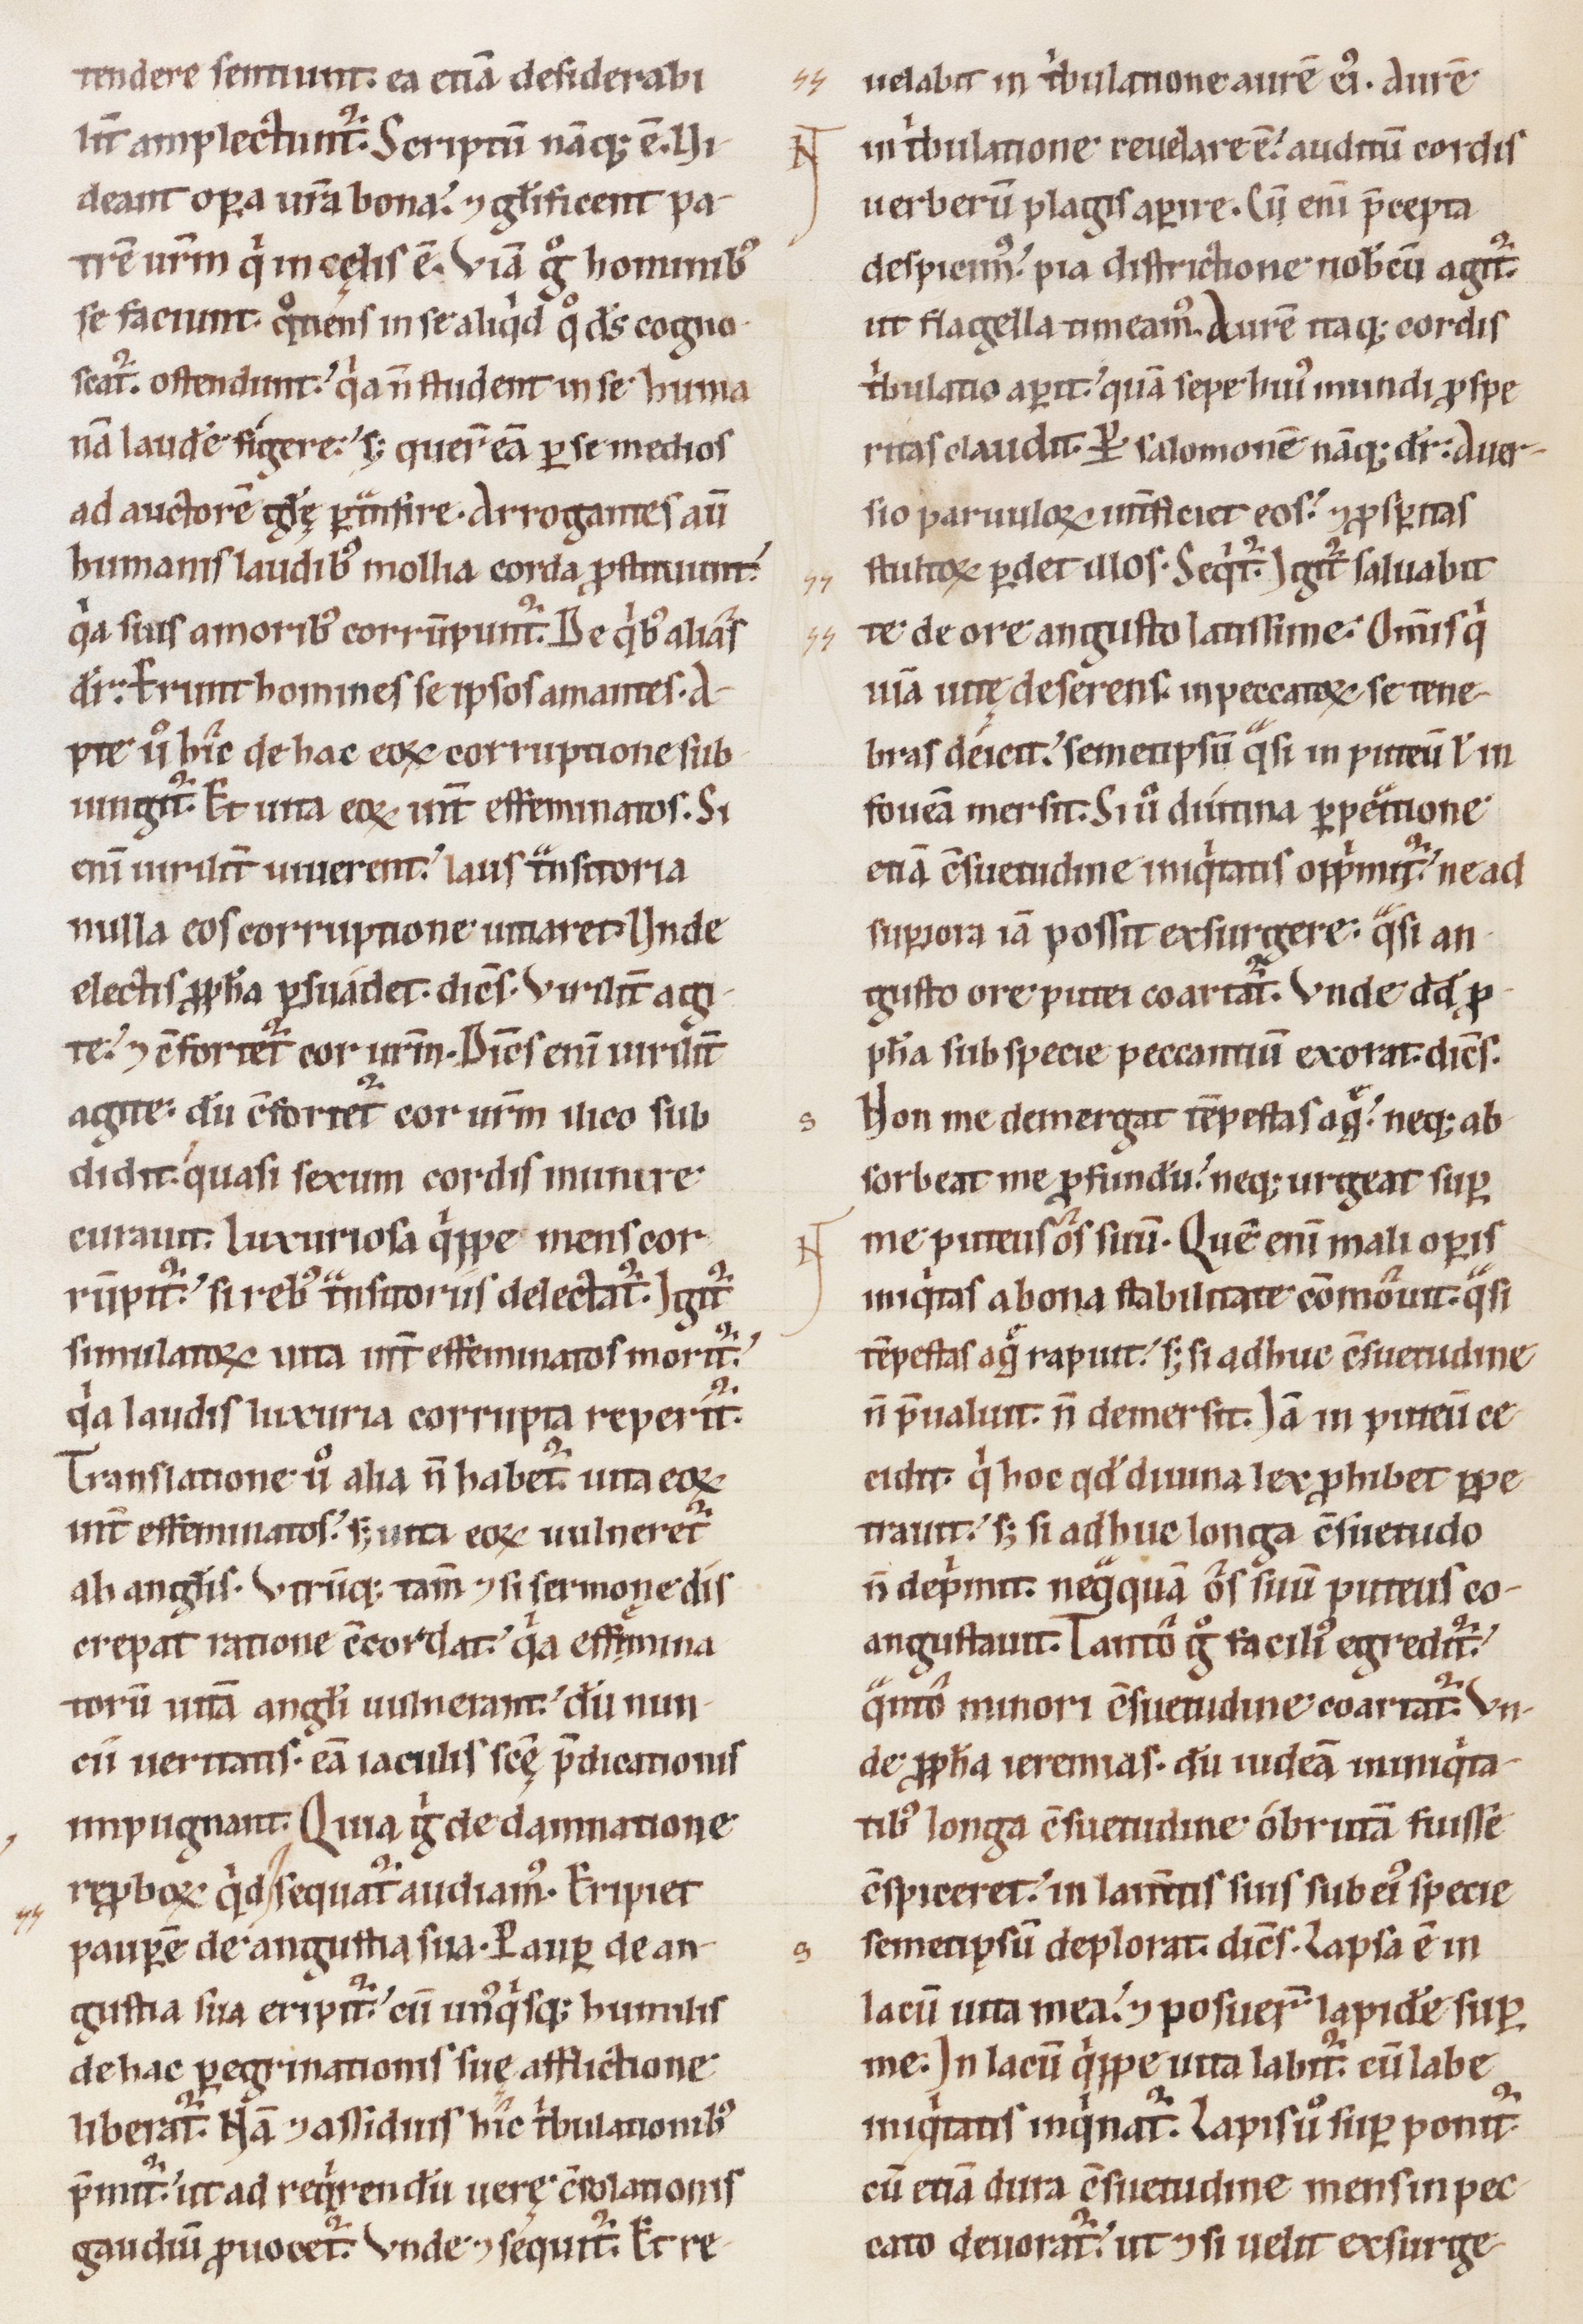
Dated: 1100–1199